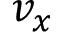
v _ { x }